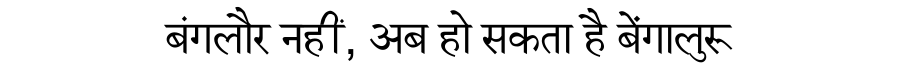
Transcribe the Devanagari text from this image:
बंगलौर नहीं, अब हो सकता है बेंगालुरू